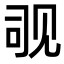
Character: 𬢊